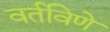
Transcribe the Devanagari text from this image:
वर्तविणे